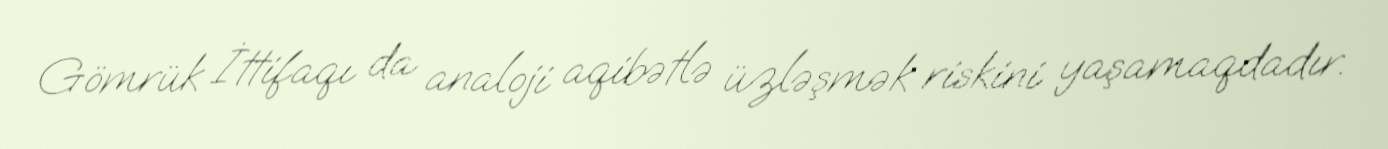
Gömrük İttifaqı da analoji aqibətlə üzləşmək riskini yaşamaqdadır.